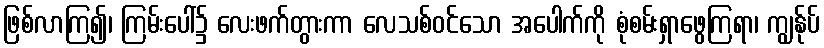
ဖြစ်လာကြ၍၊ ကြမ်းပေါ်၌ လေးဖက်တွားကာ လေသစ်ဝင်သော အပေါက်ကို စုံစမ်းရှာဖွေကြရာ၊ ကျွန်ုပ်